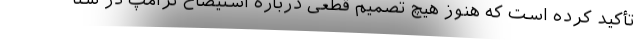
تأکید کرده است که هنوز هیچ تصمیم قطعی درباره استیضاح ترامپ در سنا